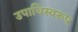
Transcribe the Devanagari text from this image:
उपाधिस्वरूप